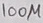
Text: 100µ